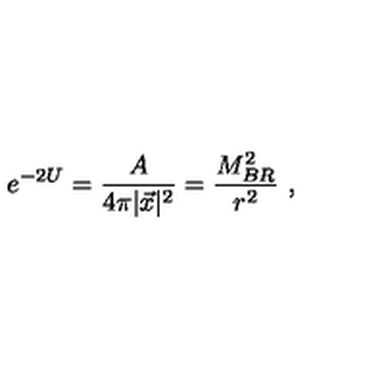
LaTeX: e ^ { - 2 U } = { \frac { A } { 4 \pi | \vec { x } | ^ { 2 } } } = { \frac { M _ { B R } ^ { 2 } } { r ^ { 2 } } } \ ,